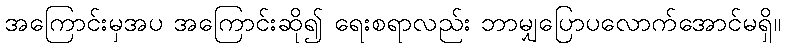
အကြောင်းမှအပ အကြောင်းဆို၍ ရေးစရာလည်း ဘာမျှပြောပလောက်အောင်မရှိ။